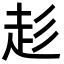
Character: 𮚳